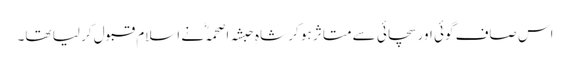
اس صاف گوئی اور سچائی سے متاثر ہو کر شاہِ حبشہ اصحمہؓ نے اسلام قبول کر لیا تھا۔